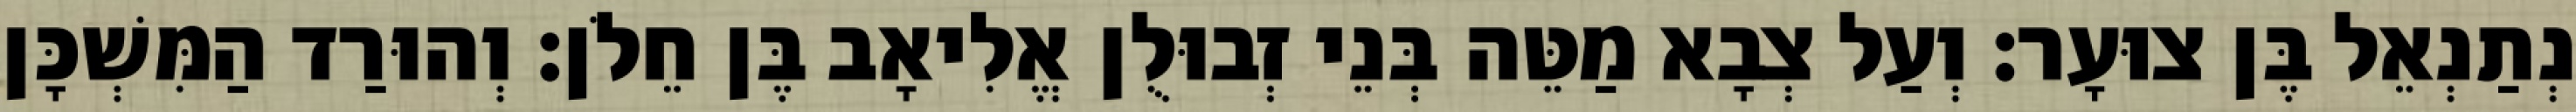
נְתַנְאֵל בֶּן צוּעָר׃ וְעַל צְבָא מַטֵּה בְּנֵי זְבוּלֻן אֱלִיאָב בֶּן חֵלֹן׃ וְהוּרַד הַמִּשְׁכָּן